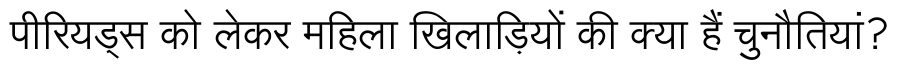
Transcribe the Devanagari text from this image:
पीरियड्स को लेकर महिला खिलाड़ियों की क्या हैं चुनौतियां?